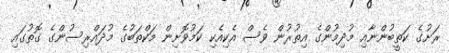
ރަށުގެ ކަތީބުންނާއި މުދިމުންގެ އިތުރުން ވެސް އެކިއެކި ކަމުވޮށިން މަކްތަބުގެ މުދައްރިސުންގެ ގޮތުގައި